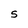
Character: S